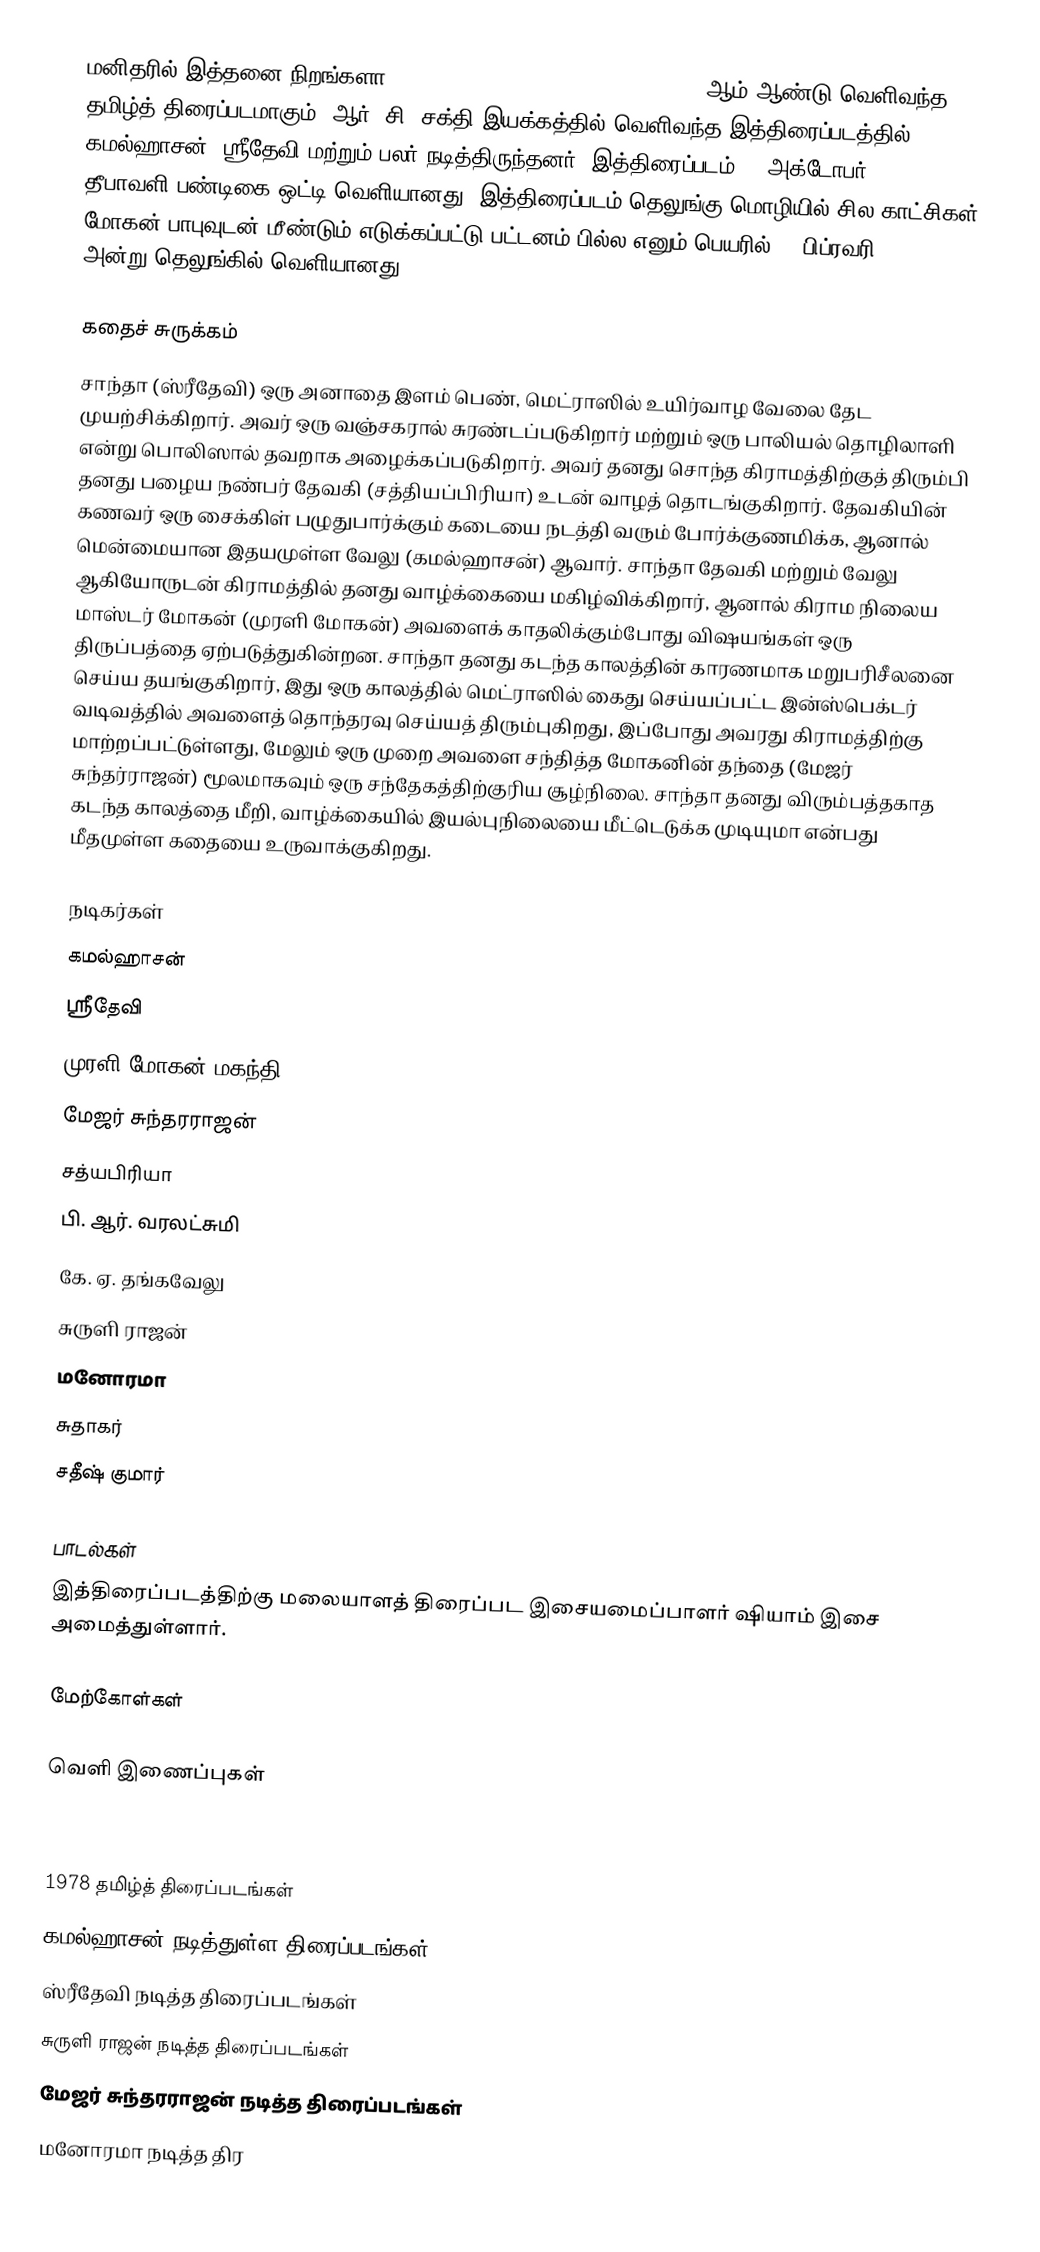
மனிதரில் இத்தனை நிறங்களா! (Manidharil Ithanai Nirangala!) 1978 ஆம் ஆண்டு வெளிவந்த தமிழ்த் திரைப்படமாகும். ஆர். சி. சக்தி இயக்கத்தில் வெளிவந்த இத்திரைப்படத்தில் கமல்ஹாசன், ஸ்ரீதேவி மற்றும் பலர் நடித்திருந்தனர். இத்திரைப்படம் 29 அக்டோபர் 1978 தீபாவளி பண்டிகை ஒட்டி வெளியானது. இத்திரைப்படம் தெலுங்கு மொழியில் சில காட்சிகள் மோகன் பாபுவுடன் மீண்டும் எடுக்கப்பட்டு பட்டனம் பில்ல எனும் பெயரில் 29 பிப்ரவரி 1980 அன்று தெலுங்கில் வெளியானது.

கதைச் சுருக்கம்
சாந்தா (ஸ்ரீதேவி) ஒரு அனாதை இளம் பெண், மெட்ராஸில் உயிர்வாழ வேலை தேட முயற்சிக்கிறார். அவர் ஒரு வஞ்சகரால் சுரண்டப்படுகிறார் மற்றும் ஒரு பாலியல் தொழிலாளி என்று பொலிஸால் தவறாக அழைக்கப்படுகிறார். அவர் தனது சொந்த கிராமத்திற்குத் திரும்பி தனது பழைய நண்பர் தேவகி (சத்தியப்பிரியா) உடன் வாழத் தொடங்குகிறார். தேவகியின் கணவர் ஒரு சைக்கிள் பழுதுபார்க்கும் கடையை நடத்தி வரும் போர்க்குணமிக்க, ஆனால் மென்மையான இதயமுள்ள வேலு (கமல்ஹாசன்) ஆவார். சாந்தா தேவகி மற்றும் வேலு ஆகியோருடன் கிராமத்தில் தனது வாழ்க்கையை மகிழ்விக்கிறார், ஆனால் கிராம நிலைய மாஸ்டர் மோகன் (முரளி மோகன்) அவளைக் காதலிக்கும்போது விஷயங்கள் ஒரு திருப்பத்தை ஏற்படுத்துகின்றன. சாந்தா தனது கடந்த காலத்தின் காரணமாக மறுபரிசீலனை செய்ய தயங்குகிறார், இது ஒரு காலத்தில் மெட்ராஸில் கைது செய்யப்பட்ட இன்ஸ்பெக்டர் வடிவத்தில் அவளைத் தொந்தரவு செய்யத் திரும்புகிறது, இப்போது அவரது கிராமத்திற்கு மாற்றப்பட்டுள்ளது, மேலும் ஒரு முறை அவளை சந்தித்த மோகனின் தந்தை (மேஜர் சுந்தர்ராஜன்) மூலமாகவும் ஒரு சந்தேகத்திற்குரிய சூழ்நிலை. சாந்தா தனது விரும்பத்தகாத கடந்த காலத்தை மீறி, வாழ்க்கையில் இயல்புநிலையை மீட்டெடுக்க முடியுமா என்பது மீதமுள்ள கதையை உருவாக்குகிறது.

நடிகர்கள்
கமல்ஹாசன்
ஸ்ரீதேவி
முரளி மோகன் மகந்தி
மேஜர் சுந்தரராஜன்
சத்யபிரியா
பி. ஆர். வரலட்சுமி
கே. ஏ. தங்கவேலு
சுருளி ராஜன்
மனோரமா
சுதாகர்
சதீஷ் குமார்

பாடல்கள்
இத்திரைப்படத்திற்கு மலையாளத்  திரைப்பட இசையமைப்பாளர் ஷியாம் இசை அமைத்துள்ளார்.

மேற்கோள்கள்

வெளி இணைப்புகள்

1978 தமிழ்த் திரைப்படங்கள்
கமல்ஹாசன் நடித்துள்ள திரைப்படங்கள்
ஸ்ரீதேவி நடித்த திரைப்படங்கள்
சுருளி ராஜன் நடித்த திரைப்படங்கள்
மேஜர் சுந்தரராஜன் நடித்த திரைப்படங்கள்
மனோரமா நடித்த திர